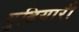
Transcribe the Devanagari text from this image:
गुढियारी